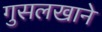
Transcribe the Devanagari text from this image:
गुसलखाने